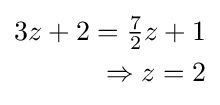
{\begin{aligned}3z+2={\tfrac {7}{2}}z+1\\\Rightarrow z=2\end{aligned}}